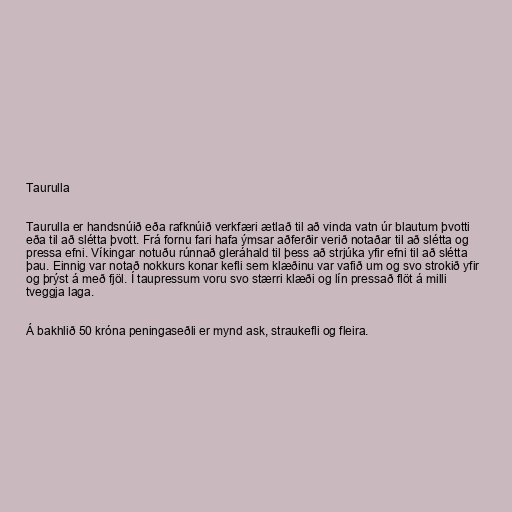
Taurulla

Taurulla er handsnúið eða rafknúið verkfæri ætlað til að vinda vatn úr blautum þvotti
eða til að slétta þvott. Frá fornu fari hafa ýmsar aðferðir verið notaðar til að slétta og
pressa efni. Víkingar notuðu rúnnað gleráhald til þess að strjúka yfir efni til að slétta
þau. Einnig var notað nokkurs konar kefli sem klæðinu var vafið um og svo strokið yfir
og þrýst á með fjöl. Í taupressum voru svo stærri klæði og lín pressað flöt á milli
tveggja laga.

Á bakhlið 50 króna peningaseðli er mynd ask, straukefli og fleira.